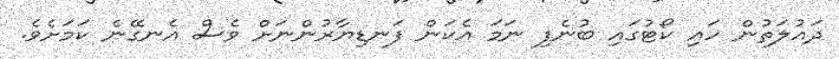
ދައުލަތުން ހައި ކޯޓުގައި ބުނެފި ނަމަ އެކަން ފަނޑިޔާރުންނަށް ވެސް އެނގޭނެ ކަމަށެވެ.